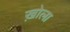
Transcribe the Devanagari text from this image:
ख़ोला